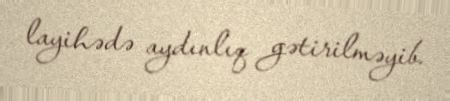
layihədə aydınlıq gətirilməyib.